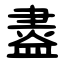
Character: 䀆